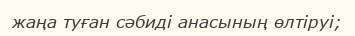
жаңа туған сәбиді анасының өлтіруі;